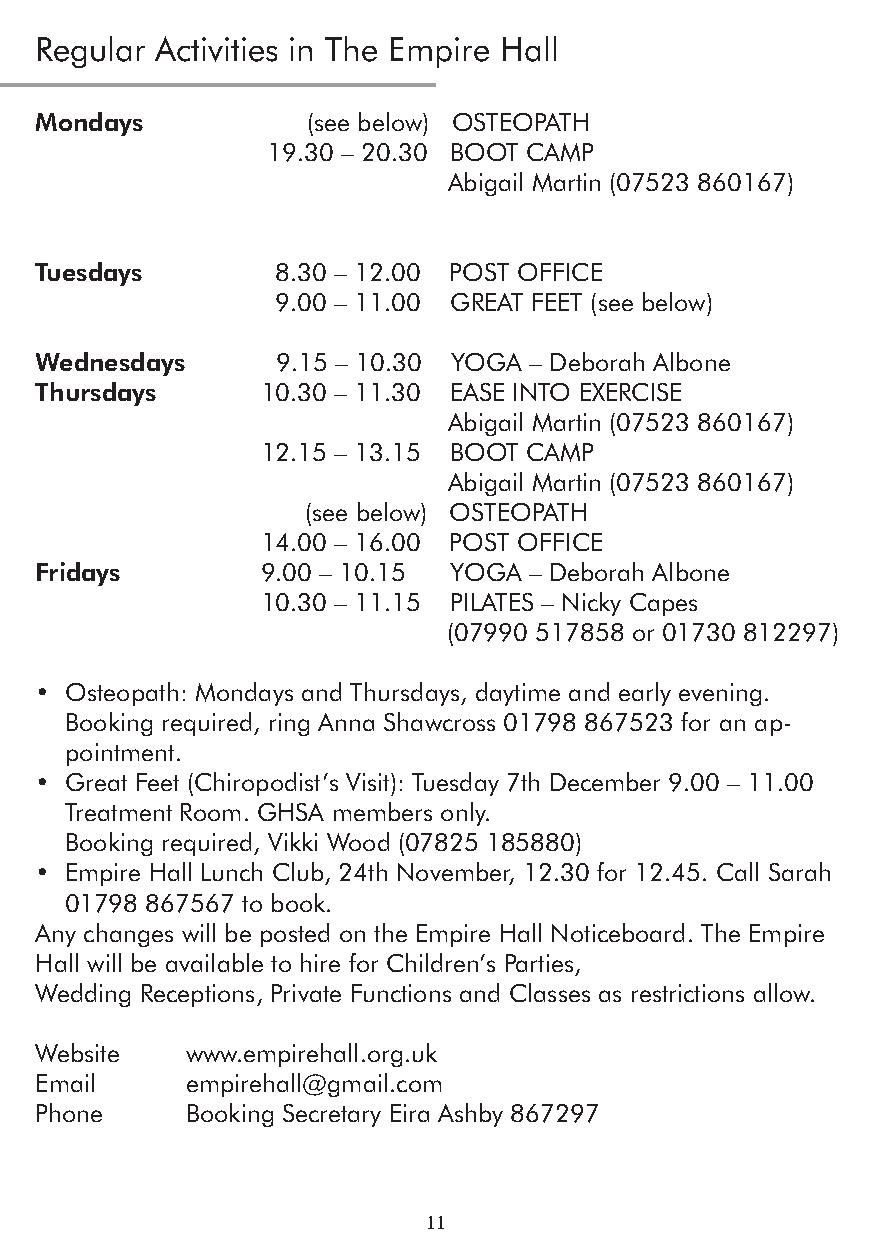
Regular Activities in The Empire Hall
 Mondays           (see below) OSTEOPATH
 19.30 – 20.30 BOOT CAMP
 Abigail Martin (07523 860167)
 Tuesdays        8.30 – 12.00 POST OFFICE
 9.00 – 11.00 GREAT FEET (see below)
 Wednesdays      9.15 – 10.30 YOGA – Deborah Albone
 Thursdays      10.30 – 11.30 EASE INTO EXERCISE
 Abigail Martin (07523 860167)
 12.15 – 13.15 BOOT CAMP
 Abigail Martin (07523 860167)
 (see below) OSTEOPATH
 14.00 – 16.00 POST OFFICE
 Fridays        9.00 – 10.15 YOGA – Deborah Albone
 10.30 – 11.15 PILATES – Nicky Capes
 (07990 517858 or 01730 812297)
 • Osteopath: Mondays and Thursdays, daytime and early evening.
 Booking required, ring Anna Shawcross 01798 867523 for an ap-
 pointment.
 • Great Feet (Chiropodist’s Visit): Tuesday 7th December 9.00 – 11.00
 Treatment Room. GHSA members only.
 Booking required, Vikki Wood (07825 185880)
 • Empire Hall Lunch Club, 24th November, 12.30 for 12.45. Call Sarah
 01798 867567 to book.
 Any changes will be posted on the Empire Hall Noticeboard. The Empire
 Hall will be available to hire for Children’s Parties,
 Wedding Receptions, Private Functions and Classes as restrictions allow.
 Website   www.empirehall.org.uk
 Email     empirehall@gmail.com
 Phone     Booking Secretary Eira Ashby 867297
 11